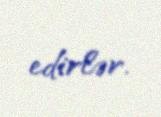
edirlər.